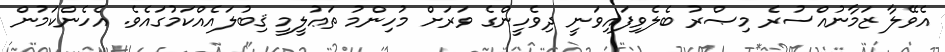
އެވޭލާ ޒަމާނުއްސުރެ މިޞްރު ބެލެވިފައިވަނީ ދިވެހީންގެ ވަރަށް މުހިންމު ތަޢުލީމީ ޤިބުލައެއްކަމުގައެވެ. އެހެންކަމުން